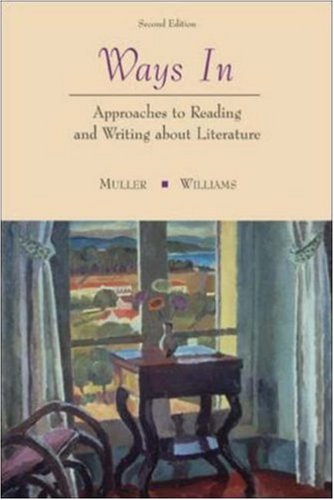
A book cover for Ways In: Approaches To Reading and Writing about Literature and Film; Gilbert H. Muller; Humor & Entertainment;